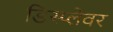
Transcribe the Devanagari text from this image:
डिस्प्लेवर